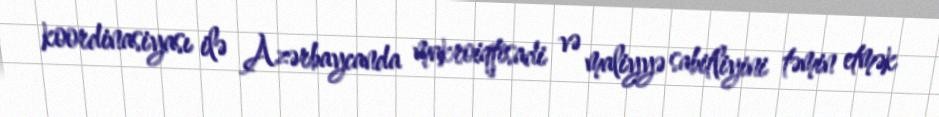
koordinasiyası ilə Azərbaycanda makroiqtisadi və maliyyə sabitliyini təmin etmək